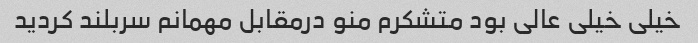
خیلی خیلی عالی بود متشکرم منو درمقابل مهمانم سربلند کردید